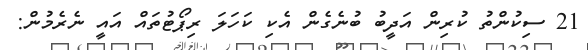
21 ސިކުންތު ކުރިން އަދީބު ބުނެގެން އެކި ކަހަލަ ރިޕޯޓުތައް އައީ ނެރެމުން: